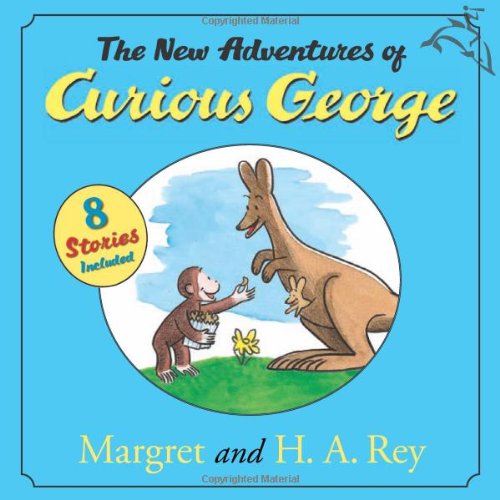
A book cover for The New Adventures of Curious George; H. A. Rey; Children's Books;